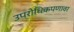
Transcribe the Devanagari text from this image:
उपरोधिकपणावर